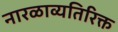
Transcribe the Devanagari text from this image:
नारळाव्यतिरिक्त